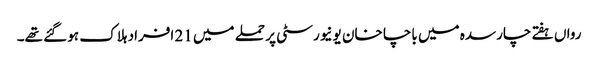
رواں ہفتے چارسدہ میں باچا خان یونیورسٹی پر حملے میں 21 افراد ہلاک ہو گئے تھے۔